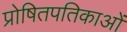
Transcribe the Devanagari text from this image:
प्रोषितपतिकाओं